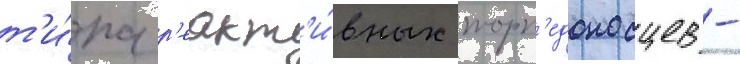
т'и́па р'еакт'и́вных торп'едоносцев -